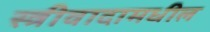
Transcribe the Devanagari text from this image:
स्त्रीवादामधील